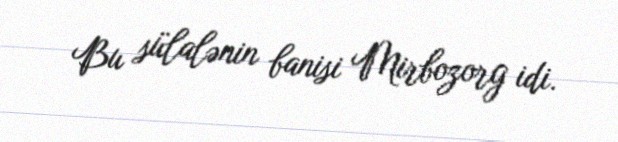
Bu sülalənin banisi Mirbozorg idi.